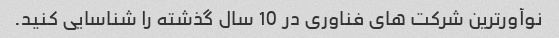
نوآورترین شرکت های فناوری در 10 سال گذشته را شناسایی کنید.